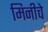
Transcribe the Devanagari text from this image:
मिनीचे